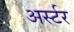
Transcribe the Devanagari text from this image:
अर्स्टर